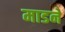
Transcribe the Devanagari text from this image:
माडने